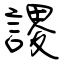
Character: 謖